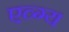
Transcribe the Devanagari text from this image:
एव्ग्य